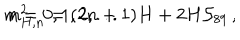
m _ { H , n } ^ { 2 } = ( 2 n + 1 ) H + 2 H { \cal S } _ { 8 9 } \, , \hspace { 1 c m } n = 0 , 1 , 2 , . . .